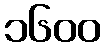
၁၆၀၀